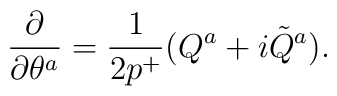
\frac{\partial}{\partial\theta^a} = {1\over 2p^+} (Q^a+i\tilde{Q}^a) .